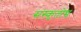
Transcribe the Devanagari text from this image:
संस्कृतोच्च